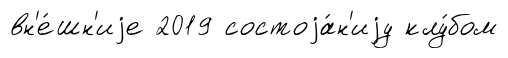
вн'е́шн'иjе 2019 состоjа́н'иjу клу́бом